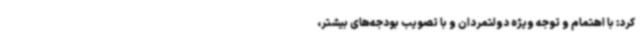
کرد: با اهتمام و توجه ویژه دولتمردان و با تصویب بودجه‌های بیشتر،